Civil Veterinary Dept. North-West Frontier Province 1901-22 - 1901-1922
Year: 1901
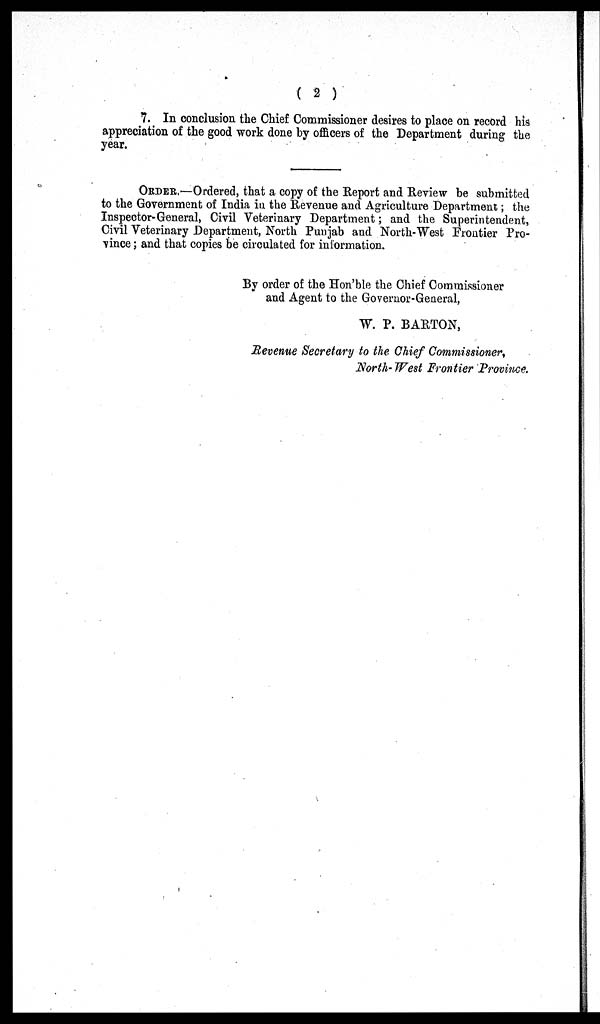
(2)
7. In conclusion the Chief Commissioner desires to place on record his
appreciation of the good work done by officers of the Department during the
year.
ORDER.—Ordered, that a copy of the Report and Review be submitted
to the Government of India in the Revenue and Agriculture Department; the
Inspector-General, Civil Veterinary Department; and the Superintendent,
Civil Veterinary Department, North Punjab and North-West Frontier Pro-
vince; and that copies be circulated for information.
By order of the Hon'ble the Chief Commissioner
and Agent to the Governor-General,
W. P. BARTON,
Revenue Secretary to the Chief Commissioner,
North-West Frontier Province.